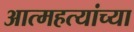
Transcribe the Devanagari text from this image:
आत्महत्यांच्या